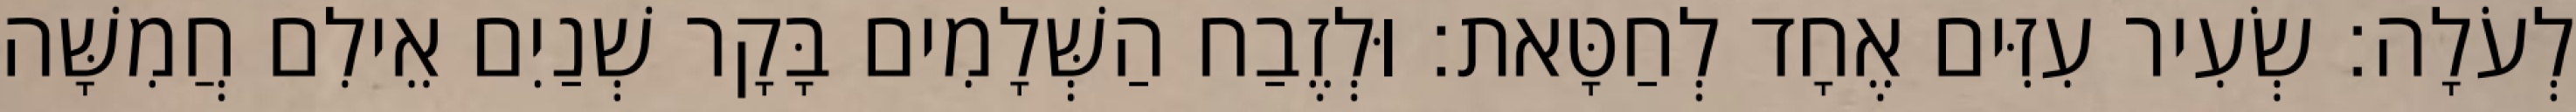
לְעֹלָה׃ שְׂעִיר עִזִּים אֶחָד לְחַטָּאת׃ וּלְזֶבַח הַשְּׁלָמִים בָּקָר שְׁנַיִם אֵילִם חֲמִשָּׁה